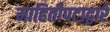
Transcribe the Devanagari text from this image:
माहितीपटाद्वारे